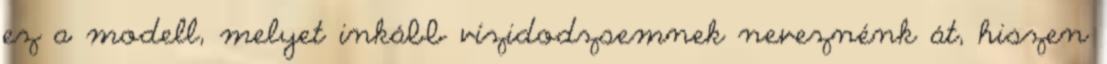
ez a modell, melyet inkább vízidodzsemnek neveznénk át, hiszen